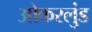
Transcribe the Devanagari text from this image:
ओकरलुंड